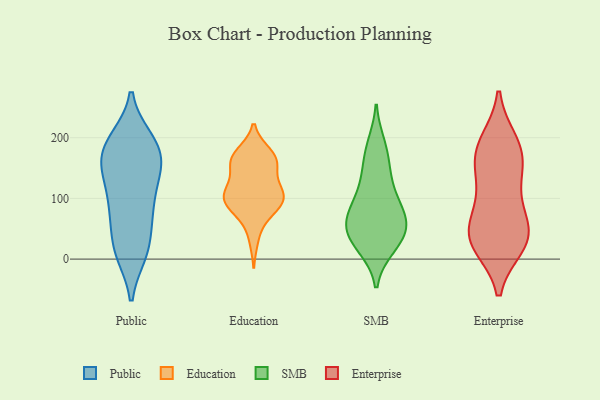
{"axis": {"x": "Conversion Rate (%)", "y": "Value"}, "legend": ["Education", "Enterprise", "Public", "SMB"], "data": [{"x": "", "y": 164, "type": "Public"}, {"x": "", "y": 17, "type": "Public"}, {"x": "", "y": 75, "type": "Public"}, {"x": "", "y": 154, "type": "Public"}, {"x": "", "y": 11, "type": "Public"}, {"x": "", "y": 13, "type": "Public"}, {"x": "", "y": 197, "type": "Public"}, {"x": "", "y": 92, "type": "Public"}, {"x": "", "y": 160, "type": "Public"}, {"x": "", "y": 172, "type": "Public"}, {"x": "", "y": 133, "type": "Public"}, {"x": "", "y": 10, "type": "Public"}, {"x": "", "y": 59, "type": "Public"}, {"x": "", "y": 99, "type": "Public"}, {"x": "", "y": 195, "type": "Public"}, {"x": "", "y": 195, "type": "Public"}, {"x": "", "y": 190, "type": "Public"}, {"x": "", "y": 124, "type": "Public"}, {"x": "", "y": 150, "type": "Public"}, {"x": "", "y": 68, "type": "Public"}, {"x": "", "y": 171, "type": "Education"}, {"x": "", "y": 166, "type": "Education"}, {"x": "", "y": 174, "type": "Education"}, {"x": "", "y": 78, "type": "Education"}, {"x": "", "y": 94, "type": "Education"}, {"x": "", "y": 108, "type": "Education"}, {"x": "", "y": 160, "type": "Education"}, {"x": "", "y": 106, "type": "Education"}, {"x": "", "y": 159, "type": "Education"}, {"x": "", "y": 78, "type": "Education"}, {"x": "", "y": 34, "type": "Education"}, {"x": "", "y": 132, "type": "Education"}, {"x": "", "y": 90, "type": "Education"}, {"x": "", "y": 158, "type": "Education"}, {"x": "", "y": 111, "type": "Education"}, {"x": "", "y": 105, "type": "Education"}, {"x": "", "y": 105, "type": "Education"}, {"x": "", "y": 82, "type": "SMB"}, {"x": "", "y": 50, "type": "SMB"}, {"x": "", "y": 143, "type": "SMB"}, {"x": "", "y": 189, "type": "SMB"}, {"x": "", "y": 56, "type": "SMB"}, {"x": "", "y": 182, "type": "SMB"}, {"x": "", "y": 65, "type": "SMB"}, {"x": "", "y": 88, "type": "SMB"}, {"x": "", "y": 19, "type": "SMB"}, {"x": "", "y": 41, "type": "SMB"}, {"x": "", "y": 19, "type": "SMB"}, {"x": "", "y": 53, "type": "SMB"}, {"x": "", "y": 26, "type": "SMB"}, {"x": "", "y": 150, "type": "SMB"}, {"x": "", "y": 102, "type": "SMB"}, {"x": "", "y": 62, "type": "SMB"}, {"x": "", "y": 115, "type": "SMB"}, {"x": "", "y": 166, "type": "Enterprise"}, {"x": "", "y": 108, "type": "Enterprise"}, {"x": "", "y": 52, "type": "Enterprise"}, {"x": "", "y": 161, "type": "Enterprise"}, {"x": "", "y": 24, "type": "Enterprise"}, {"x": "", "y": 23, "type": "Enterprise"}, {"x": "", "y": 67, "type": "Enterprise"}, {"x": "", "y": 193, "type": "Enterprise"}, {"x": "", "y": 192, "type": "Enterprise"}, {"x": "", "y": 118, "type": "Enterprise"}, {"x": "", "y": 42, "type": "Enterprise"}, {"x": "", "y": 167, "type": "Enterprise"}, {"x": "", "y": 38, "type": "Enterprise"}, {"x": "", "y": 29, "type": "Enterprise"}]}